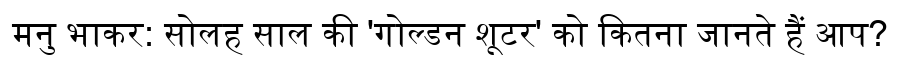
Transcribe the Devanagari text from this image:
मनु भाकर: सोलह साल की 'गोल्डन शूटर' को कितना जानते हैं आप?